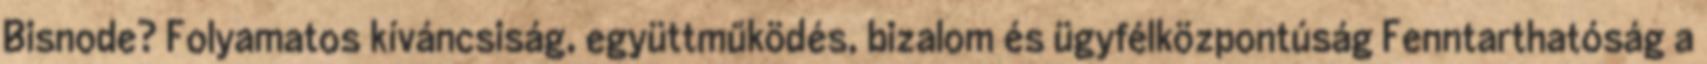
Bisnode? Folyamatos kíváncsiság, együttműködés, bizalom és ügyfélközpontúság Fenntarthatóság a